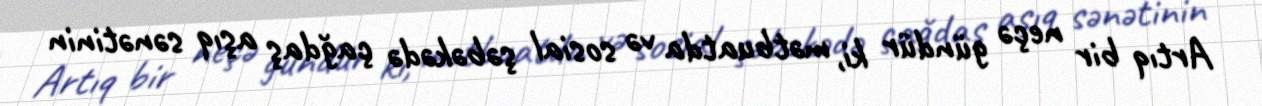
Artıq bir neçə gündür ki, mətbuatda və sosial şəbəkədə çağdaş aşıq sənətinin